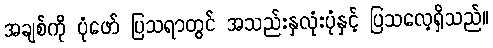
အချစ်ကို ပုံဖော် ပြသရာတွင် အသည်းနှလုံးပုံနှင့် ပြသလေ့ရှိသည်။